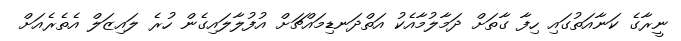
ނީރާގެ ކަނާއަތުގައި ހިފާ ގާތަށް ދަމާލުމާއެކު އަތްދަނޑިމައްޗަށް އުފުލާލައިގެން ހުރެ ލައިޒަލް އެތެރެއަށް